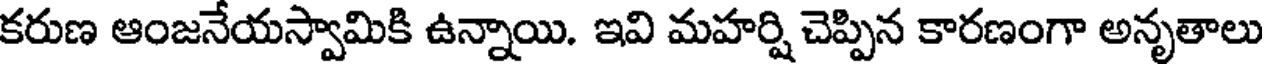
కరుణ ఆంజనేయస్వామికి ఉన్నాయి. ఇవి మహర్షి చెప్పిన కారణంగా అనృతాలు